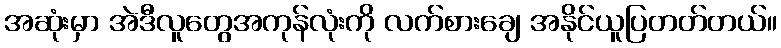
အဆုံးမှာ အဲဒီလူတွေအကုန်လုံးကို လက်စားချေ အနိုင်ယူပြတတ်တယ်။